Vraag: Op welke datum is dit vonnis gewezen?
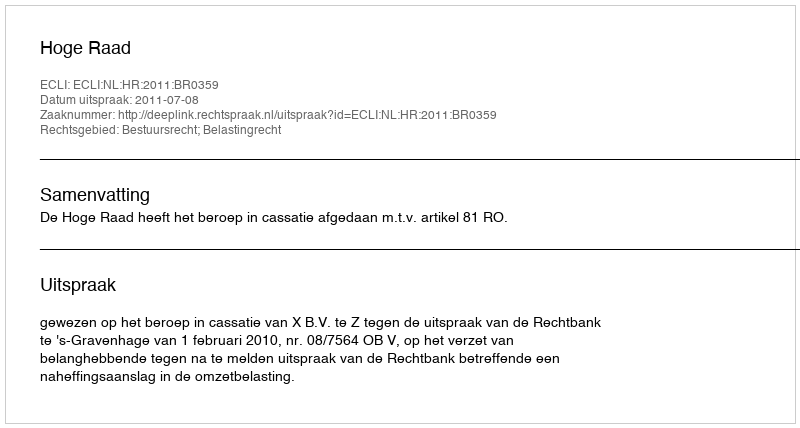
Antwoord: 2011-07-08